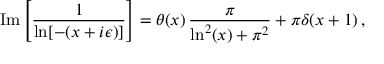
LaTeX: \mathrm { I m } \left[ \frac { 1 } { \ln [ - ( x + i \epsilon ) ] } \right] = \theta ( x ) \, \frac { \pi } { \ln ^ { 2 } ( x ) + \pi ^ { 2 } } + \pi \delta ( x + 1 ) \, ,